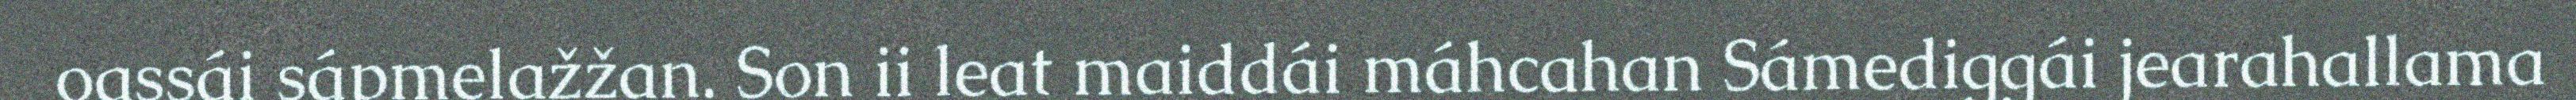
oassái sápmelažžan. Son ii leat maiddái máhcahan Sámediggái jearahallama